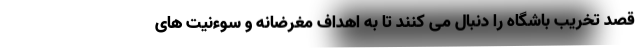
قصد تخریب باشگاه را دنبال می کنند تا به اهداف مغرضانه و سوءنیت های